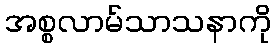
အစ္စလာမ်သာသနာကို